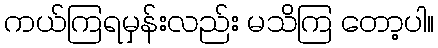
ကယ်ကြရမှန်းလည်း မသိကြ တော့ပါ။